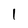
Character: 1